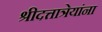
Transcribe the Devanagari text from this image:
श्रीदत्तात्रेयांना